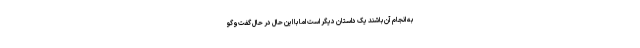
به انجام آن باشند یک داستان دیگر است اما با این حال در حال گفت‌وگو